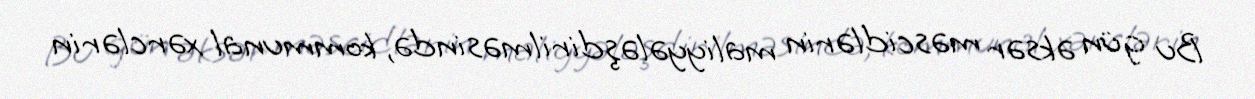
Bu gün əksər məscidlərin maliyyələşdirilməsində, kommunal xərclərin